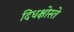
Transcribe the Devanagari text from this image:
दिधक्षोस्ते